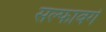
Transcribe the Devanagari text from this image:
सल्फावर्ग